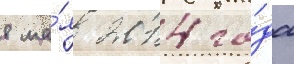
8 ма́я 2014 го́да